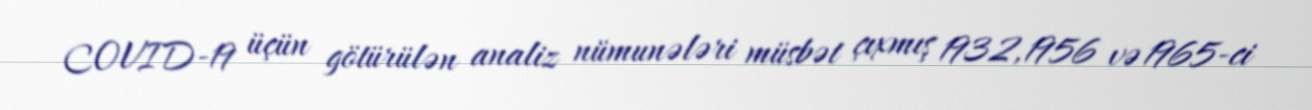
COVID-19 üçün götürülən analiz nümunələri müsbət çıxmış 1932, 1956 və 1965-ci